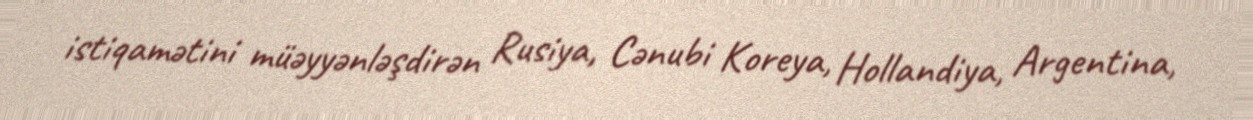
istiqamətini müəyyənləşdirən Rusiya, Cənubi Koreya, Hollandiya, Argentina,